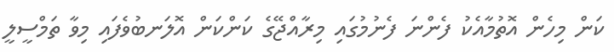
ކަން މިހެން އޮތުމާއެކު ފެންނަ ފެނުމުގައި މިރާއްޖޭގެ ކަންކަން އޮލަނބުވެފައި މިވާ ތަމްސީލީ